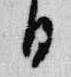
日